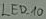
Text: LED_10